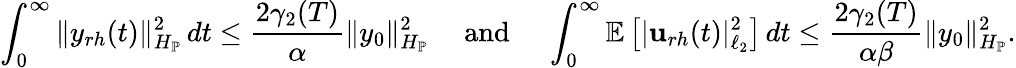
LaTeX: \int_{0}^{\infty}\| y_{rh}(t)\| _{H_{\mathbb{P}}}^{2}\, dt\leq\frac{2\gamma_{2}(T)}{\alpha}\| y_{0}\| _{H_{\mathbb{P}}}^{2}\quad\mathrm{~and~}\quad\int_{0}^{\infty}\mathbb{E}\left[|\mathbf{u}_{rh}(t)|_{\ell_{2}}^{2}\right]\, dt\leq\frac{2\gamma_{2}(T)}{\alpha\beta}\| y_{0}\| _{H_{\mathbb{P}}}^{2}.